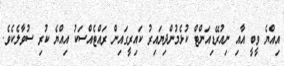
އިއްޔެ ވީބީ އާއި ނިއުރޭޑިއަންޓް ކުޅެމުންދިޔައިރު ކައިރީގައިން ރައްޓެއްސަކު އިއްޔެ ކުރި ސުވާލެކެވެ.